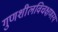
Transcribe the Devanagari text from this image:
गुणशीलविचक्षणस्य